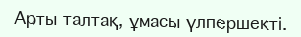
Арты талтақ, ұмасы үлпершекті.